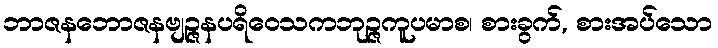
ဘာဇနဘောဇနဗျဉ္ဇနပရိဝေသကဘုဉ္ဇကူပမာစ၊ စားခွက်, စားအပ်သော